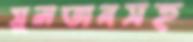
সুলতানসহ